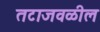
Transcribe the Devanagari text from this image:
तटाजवळील